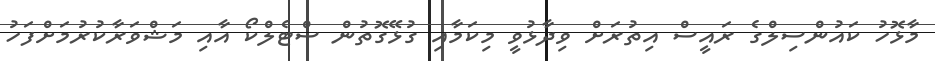
މާޅޮހު ކައުންސިލްގެ ރައީސް އިތުރަށް ވިދާޅުވީ މިކަމާއި ގުޅޭގޮތުން ސްޓެލްކޯ އާއި މަޝްވަރާކުރުމަށްފަހު